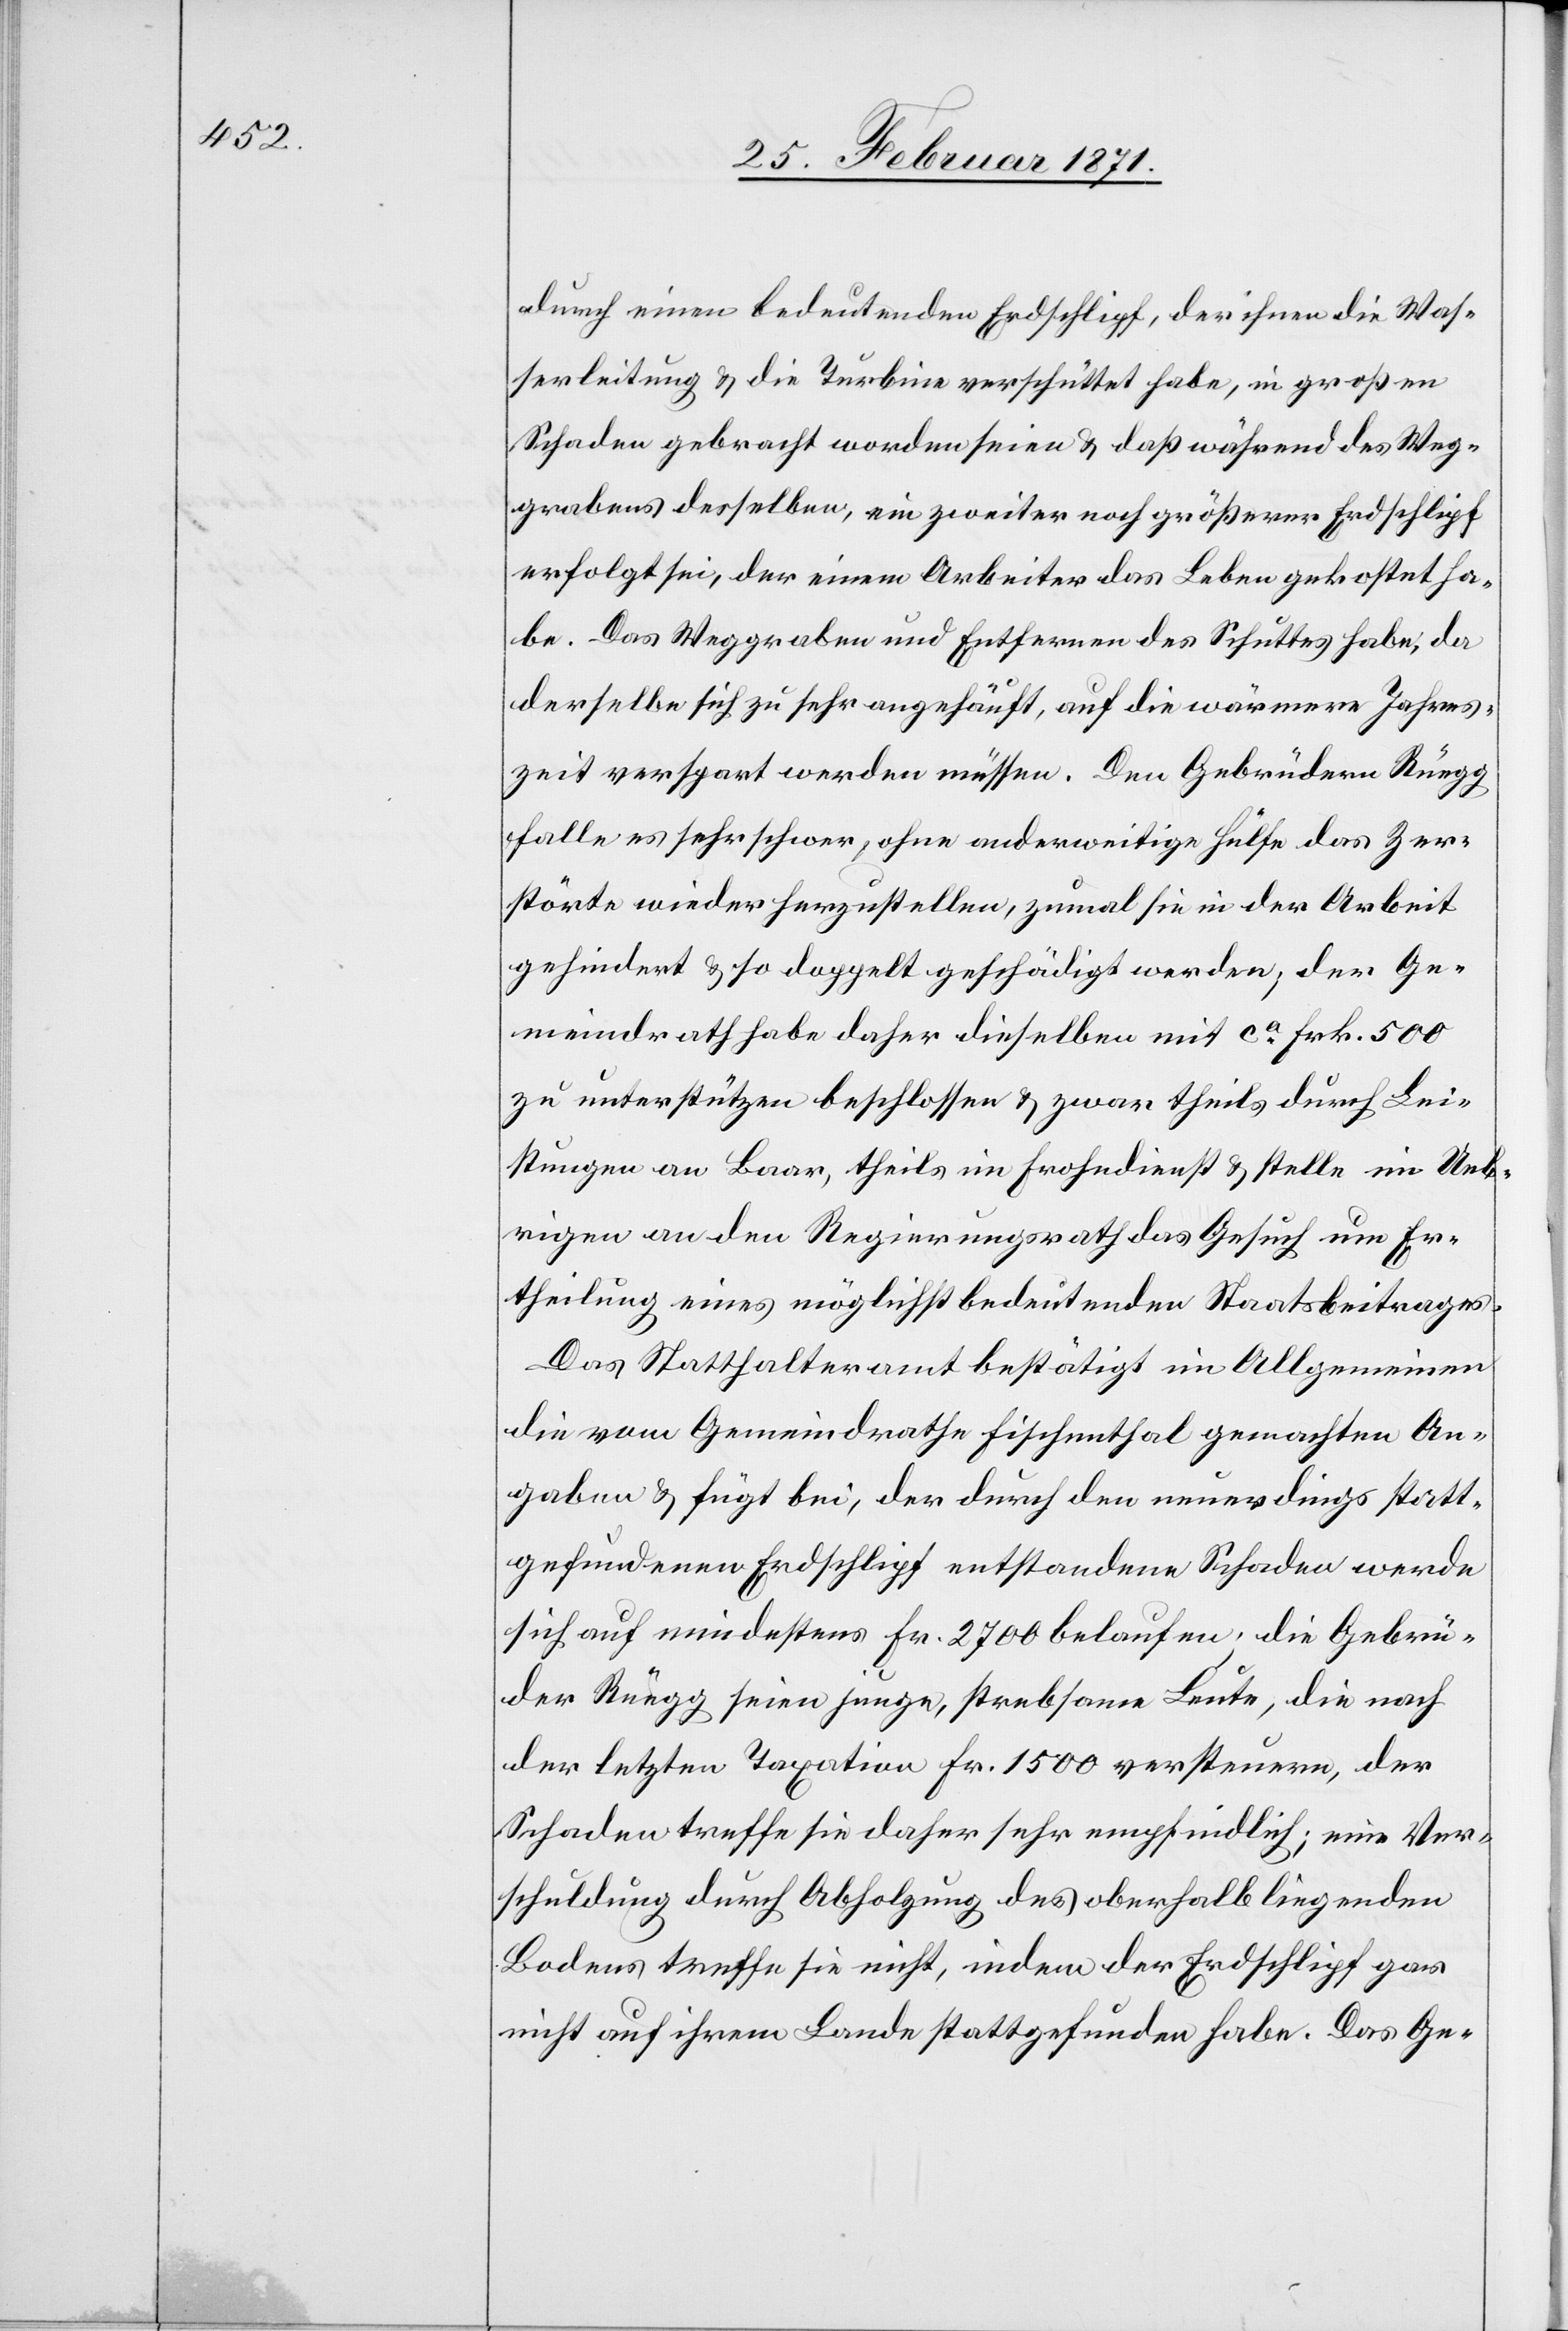
durch einen bedeutenden Erdschlipf, der ihnen die Was¬
serleitung u. die Turbine verschüttet habe, in großen
Schaden gebracht worden seien u. daß während des Weg¬
grabens desselben, ein zweiter noch größerer Erdschlipf
erfolgt sei, der einem Arbeiter das Leben gekostet ha¬
be. Das Weggraben und Entfernen des Schuttes habe, da
derselbe sich zu sehr angehäuft, auf die wärmere Jahres¬
zeit verspart werden müssen. Den Gebrüdern Rüegg
falle es sehr schwer, ohne anderweitige Hülfe das Zer¬
störte wieder herzustellen, zumal sie in der Arbeit
gehindert u. so doppelt geschädigt werden, der Ge¬
meindrath habe daher dieselben mit ca. Frk. 500
zu unterstützen beschlossen u. zwar theils durch Lei¬
stungen an baar, theils im Frohndienst u. stelle im Ueb¬
rigen an den Regierungsrath das Gesuch um Er¬
theilung eines möglichst bedeutenden Staatsbeitrages.
Das Statthalteramt bestätigt im Allgemeinen
die vom Gemeindrathe Fischenthal gemachten An¬
gaben u. fügt bei, der durch den neuerdings statt¬
gefundenen Erdschlipf entstandene Schaden werde
sich auf mindestens Fr. 2700 belaufen; die Gebrü¬
der Rüegg seien junge, strebsame Leute, die nach
der letzten Taxation Fr. 1500 versteuern, der
Schaden treffe sie daher sehr empfindlich; eine Ver¬
schuldung durch Abholzung des oberhalb liegenden
Bodens treffe sie nicht, indem der Erdschlipf gar
nicht auf ihrem Lande stattgefunden habe. Das Ge-